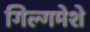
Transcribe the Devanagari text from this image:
गिल्गमेशे